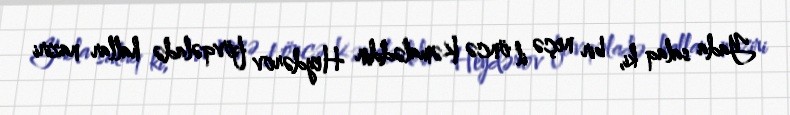
Yada salaq ki, bir neçə il öncə Kəmaləddin Heydərov fövqəladə hallar naziri